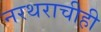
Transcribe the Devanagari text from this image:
नरथराचीही